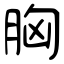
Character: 胸